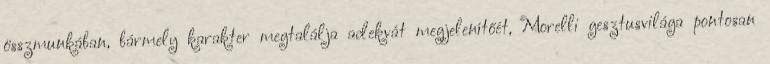
összmunkában, bármely karakter megtalálja adekvát megjelenítőét, Morelli gesztusvilága pontosan